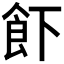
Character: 𱃣